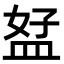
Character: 𥁨